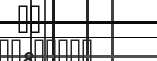
٤٤